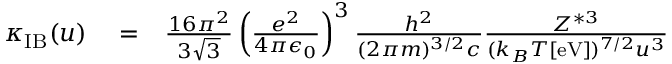
\begin{array} { r l r } { \kappa _ { \mathrm { I B } } ( u ) } & { { } = } & { \frac { 1 6 \pi ^ { 2 } } { 3 \sqrt { 3 } } \left( \frac { e ^ { 2 } } { 4 \pi \epsilon _ { 0 } } \right) ^ { 3 } \frac { h ^ { 2 } } { ( 2 \pi m ) ^ { 3 / 2 } c } \frac { Z ^ { * 3 } } { ( k _ { B } T [ \mathrm { e V } ] ) ^ { 7 / 2 } u ^ { 3 } } } \end{array}